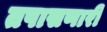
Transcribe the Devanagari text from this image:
तपासणारी